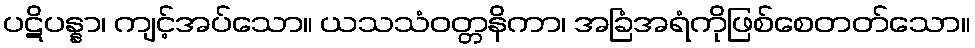
ပဋိပန္နာ၊ ကျင့်အပ်သော။ ယသသံဝတ္တနိကာ၊ အခြံအရံကိုဖြစ်စေတတ်သော။